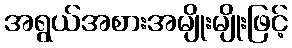
အရွယ်အစားအမျိုးမျိုးဖြင့်